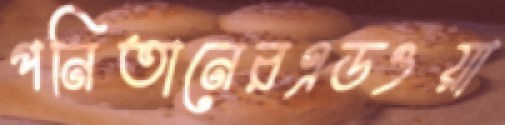
পনিতানেরএডওয়া